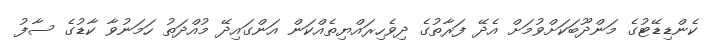
ކެންޑިޑޭޓުގެ މަންދޫބަކަށްވުމަށް އެދޭ ފަރާތުގެ ދިވެހިރައްޔިތެއްކަން އަންގައިދޭ މުއްދަތު ހަމަނުވާ ކާޑުގެ ސާފު